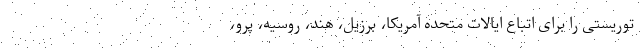
توریستی را برای اتباع ایالات متحده آمریکا، برزیل، هند، روسیه، پرو،